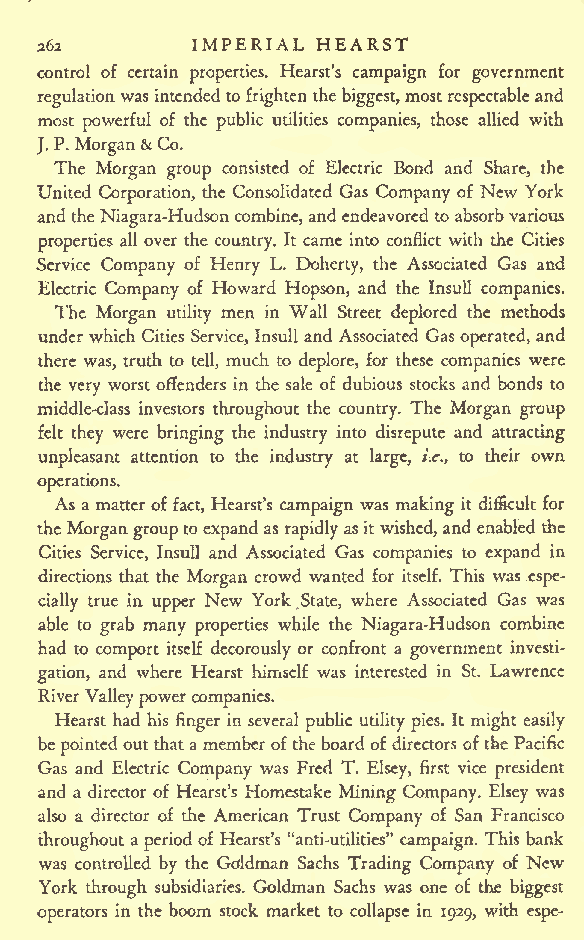
IMPERIAL HEARST
 262
 control of certain properties. Hearst's campaign for government
 regulationwasintendedto
 frighten
 thebiggest,most respectableand
 most powerful of the public utilities companies, those allied with
 J.
 P. Morgan&Co.
 The Morgan group consisted of Electric Bond and Share, the
 United Corporation, the Consolidated Gas Company of New York
 andtheNiagara-Hudsoncombine, andendeavored toabsorbvarious
 properties all over the country. It came into conflict with the Cities
 Service Company of Henry L. Doherty, the Associated Gas and
 Electric Company of Howard Hopson, and the Insull companies.
 The Morgan utility men in Wall Street deplored the methods
 under which Cities Service, Insull and Associated Gas operated, and
 there was, truth to tell, much to deplore, for these companies were
 the very worst offenders in the sale of dubious stocks and bonds to
 middle-class investors throughout the country. The Morgan group
 felt they were bringing the industry into disrepute and attracting
 unpleasant attention to the industry at large, i.e., to their own
 operations.
 As a matteroffact, Hearst's campaign was making it difficult for
 theMorgangrouptoexpandas rapidly asitwished,and enabled the
 Cities Service, Insull and Associated Gas companies to expand in
 directions that the Morgan crowd wanted for itself. This was espe-
 cially true in upper New York State, where Associated Gas was
 able to grab many properties while the Niagara-Hudson combine
 had to comport itself decorously or confront a government investi-
 gation, and where Hearst himself was interested in St. Lawrence
 RiverValleypowercompanies.
 Hearst had his finger in several public utility pies. It might easily
 bepointedoutthatamemberof theboardofdirectors ofthe Pacific
 Gas and Electric Company was Fred T. Elsey, first vice president
 and a director of Hearst's Homestake Mining Company. Elsey was
 also a director of the American Trust Company of San Francisco
 throughout a periodof Hearst's "anti-utilities" campaign. This bank
 was controlled by the Gdldman Sachs Trading Company of New
 York through subsidiaries. Goldman Sachs was one of the biggest
 operators in the boom stock market to collapse in 1929, with espe-